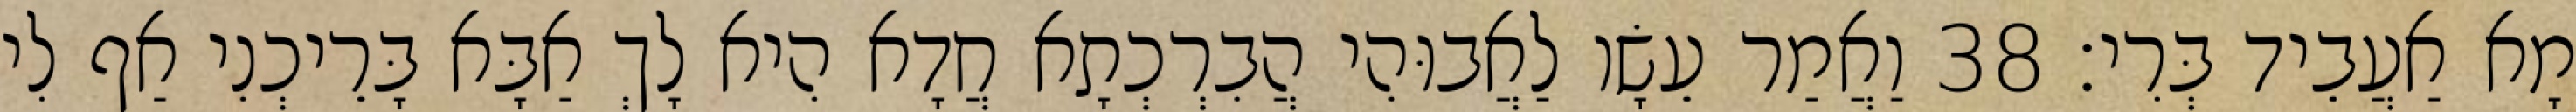
מָא אַעֲבֵיד בְּרִי׃ 38 וַאֲמַר עֵשָׂו לַאֲבוּהִי הֲבִרְכְתָא חֲדָא הִיא לָךְ אַבָּא בָּרֵיכְנִי אַף לִי